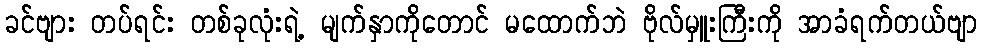
ခင်ဗျား တပ်ရင်း တစ်ခုလုံးရဲ့ မျက်နှာကိုတောင် မထောက်ဘဲ ဗိုလ်မှူးကြီးကို အာခံရက်တယ်ဗျာ